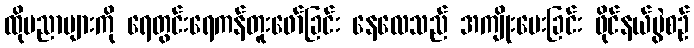
ထိုပညာများကို ရေတွင်းရေကန်တူးဖော်ခြင်း နေလေသည် အကျိုးပေးခြင်း ဖိုင်နယ်ပွဲစဉ်